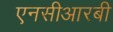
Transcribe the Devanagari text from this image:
एनसीआरबी